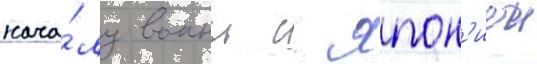
нача́лу воины с япон'иеи